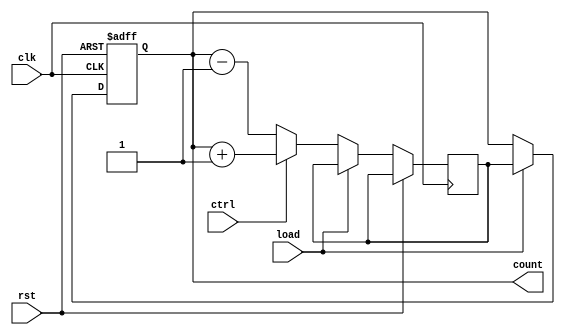
module up_down_counter (
    input wire clk,
    input wire rst,
    input wire ctrl,
    input wire load,
    output reg [3:0] count
);

reg [3:0] next_count;

always @(posedge clk or posedge rst) begin
    if (rst) begin
        count <= 4'b0000;
    end else if (load) begin
        count <= next_count;
    end else begin
        if (ctrl) begin // Increment
            next_count = count + 4'b0001;
        end else begin // Decrement
            next_count = count - 4'b0001;
        end 
    end
end

endmodule